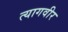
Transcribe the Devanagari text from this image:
त्यागवीर